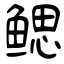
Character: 鳃